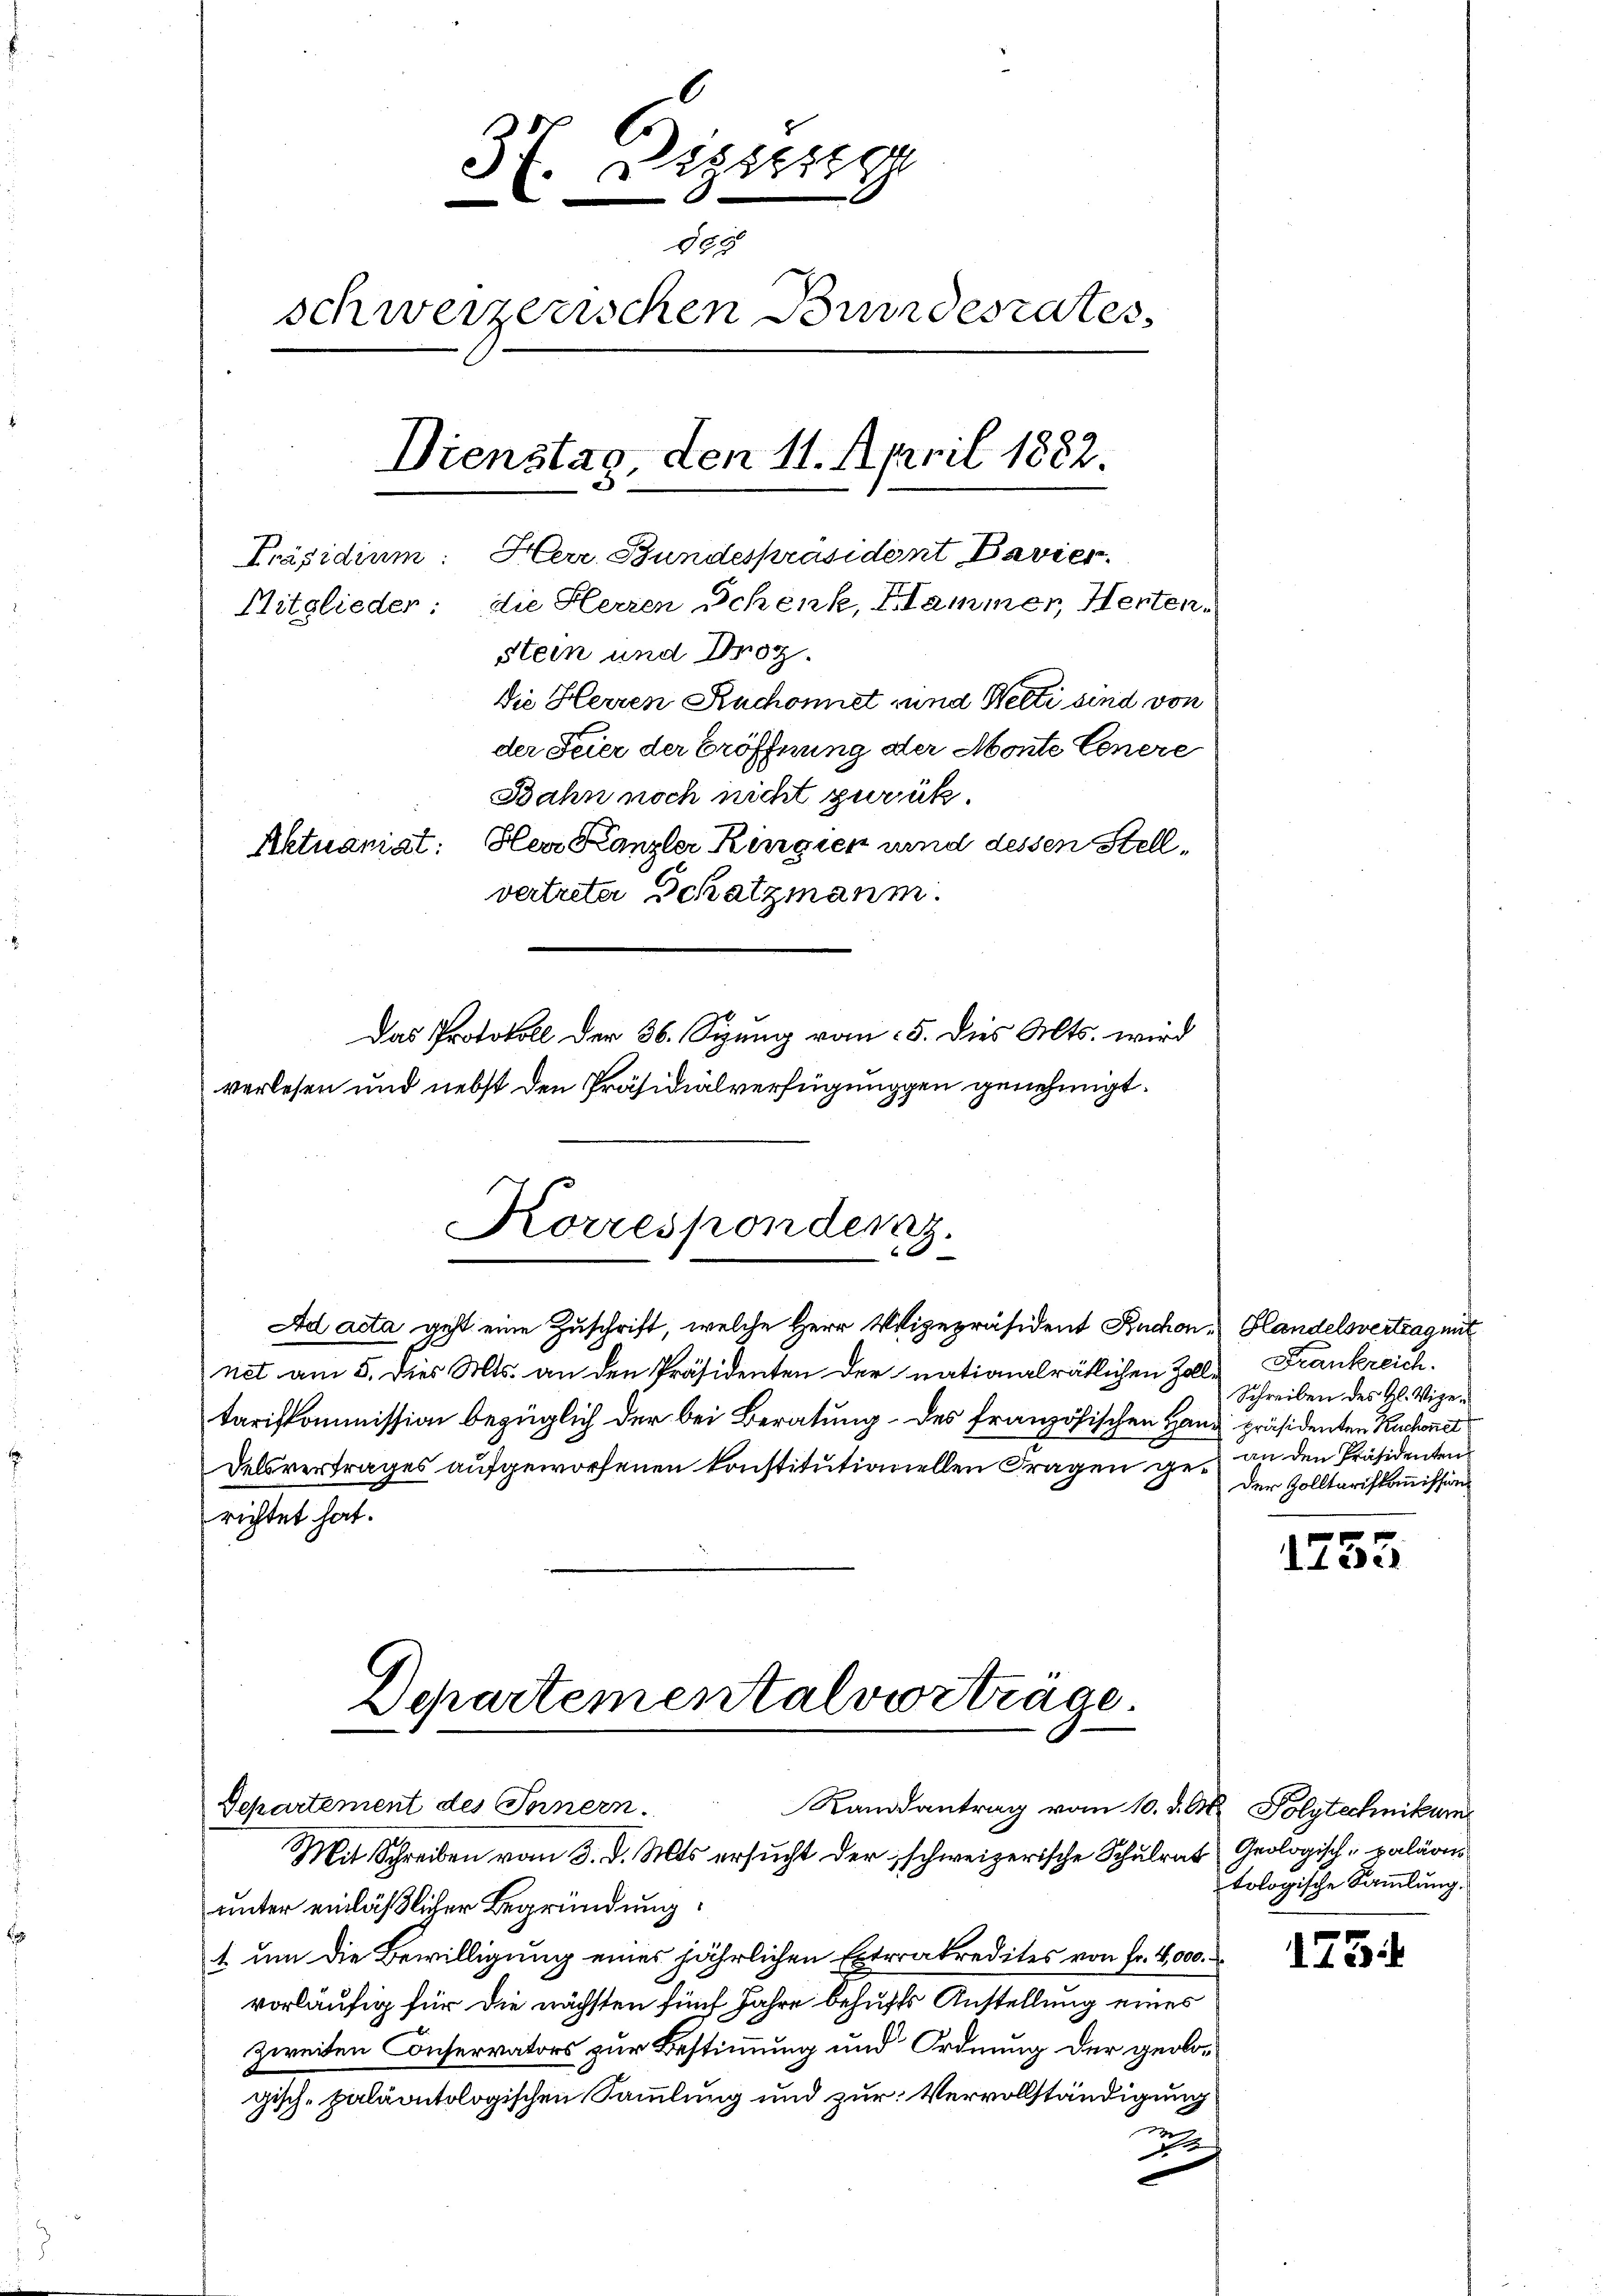
37. Diszig
188
schweizerischen Bundesrates
Dienstag, den 11. April 1882.
Präsidium: Herr Bundespräsident Bavier
Mitglieder: die Herren Schenk, Hammer, Herten.
stein und Droz.
die Herren Ruchonnet sind Welti sind von
der Feier der Eröffnung der Monte Genere
Bahn noch nicht zurück.
Aktuaniat: Herr Kanzler Ringien und dessen Stellvertreter Schatzmann.

Das Protokoll der 36. Sizung vom 15. dies Mts. wird
verlesen und nebst den Präsidialverfügungen genehmigt.

Korrespondenz.
2

Departemental vorträge.
Separtement des Innern.
Randantrag vom 10. d. M. Polytechnikum
Mit Schreiben vom 3. d. Mts. ersucht der schweizerische Schulrat Geologisch-paläon

Ad acta geht eine Zuschrift, welche Herr Vizepräsident Ruchon Handelsvertrag mit
net am 5. Dies Mts. an den Präsidenten der nationalrätlichen Zolltariskommission bezüglich der bei Beratung des französischen Hand präsidenten Kuchonet
delsvertrages aufgeworfenen konstitutioniellen Fragen gerichtet hat.

unter einläßlicher Begründung.
1 um die Bewilligung eines jährlichen Extrrakredites von Fr. 4,000.
vorläufig für die nächsten fünf Jahre behufs Anstellung eines
zweiten Conservators zur Bestimmung und Ordnung der geologisch-paläontologischen Sammlung und zur Vervollständigung
h

Frankreich.
Schreiben des Hl. Vizean den Präsidenten
der Zolltariskommission

1255

tologische Sammlung.

1754